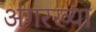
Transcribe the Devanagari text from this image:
अंगरख्या